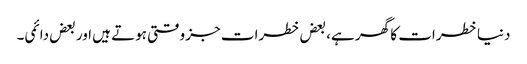
دنیا خطرات کا گھر ہے، بعض خطرات جز وقتی ہوتے ہیں اور بعض دائمی۔